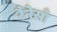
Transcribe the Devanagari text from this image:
रैनेसाँ